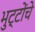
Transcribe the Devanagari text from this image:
भुट्टोंचे